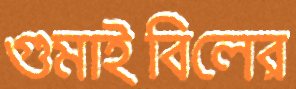
গুমাইবিলের